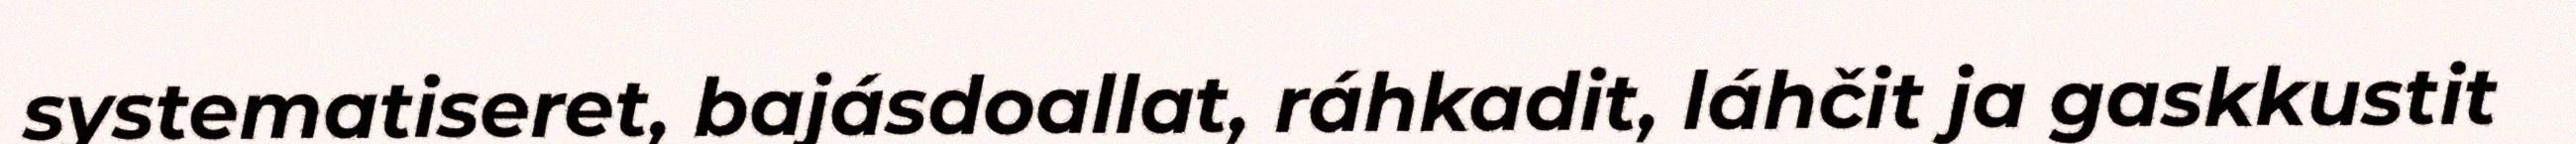
systematiseret, bajásdoallat, ráhkadit, láhčit ja gaskkustit